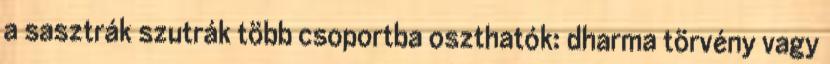
a sasztrák szutrák több csoportba oszthatók: dharma törvény vagy